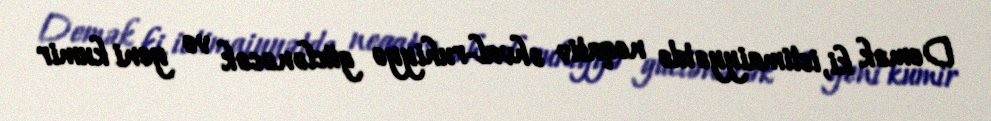
Demək ki, ictimaiyyətdə neqativ əhval-ruhiyyə güclənəcək və yeni kumir